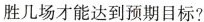
胜几场才能达到预期目标?